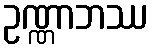
ဥဏ္ဏာဘဿ